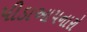
પીડાઆપનારો